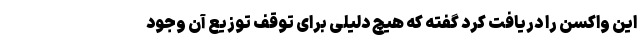
این واکسن را دریافت کرد گفته که هیچ دلیلی برای توقف توزیع آن وجود